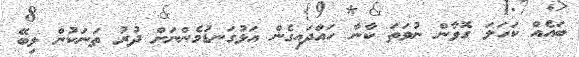
ބައެއް ކަހަލަ ގޮވާން ނުވަތަ ކާނާ ހައްދައިގެން އަޅުގަނޑުމެންނަށް ދުރު ތަނަކުން ލިބޭ